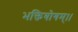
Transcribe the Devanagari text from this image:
भक्तियोगम्‌।।